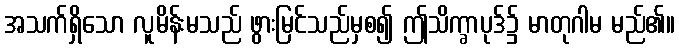
အသက်ရှိသော လူမိန်းမသည် ဖွားမြင်သည်မှစ၍ ဤသိက္ခာပုဒ်၌ မာတုဂါမ မည်၏။